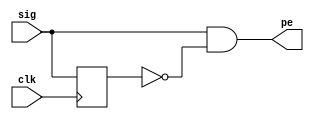
module pos_edge_det (
        input sig,            
        input clk,            
         output pe
         );           
 
    reg   sig_dly; 
               
  always @ (posedge clk) begin
    sig_dly <= sig;
  end
 
 
  assign pe = sig & ~sig_dly;            
endmodule